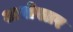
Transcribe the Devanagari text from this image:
अधोस्तर